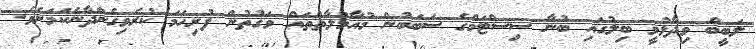
ލަބީބް ވިދާޅުވީ ބިލުގައި ބުނާ ސިސްޓަމްގެ ސަބަބުން މުއާމަލާތްތައް ވަގުތުން ފުރިހަމަ ކުރެވިގެންދާނެކަމަށެވެ.